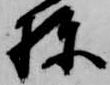
棟